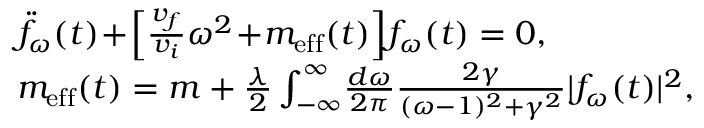
\begin{array} { r l } & { \ddot { f } _ { \omega } ( t ) \! + \! \Big [ \frac { v _ { f } } { v _ { i } } \omega ^ { 2 } \! + \! m _ { \mathrm { e f f } } ( t ) \Big ] f _ { \omega } ( t ) = 0 , } \\ & { m _ { \mathrm { e f f } } ( t ) = m + \frac { \lambda } { 2 } \int _ { - \infty } ^ { \infty } \! \frac { d \omega } { 2 \pi } \frac { 2 \gamma } { ( \omega - 1 ) ^ { 2 } + \gamma ^ { 2 } } | f _ { \omega } ( t ) | ^ { 2 } , } \end{array}